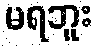
မရဘူး